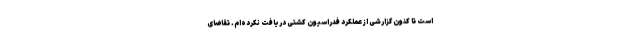
است تا کنون گزارشی از عملکرد فدراسیون کشتی دریافت نکرده‌ام. تقاضای